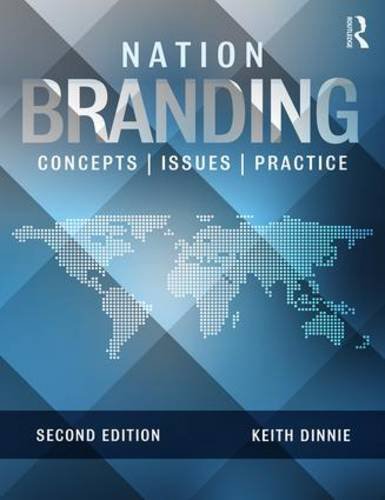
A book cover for Nation Branding: Concepts, Issues, Practice; Keith Dinnie; Business & Money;